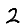
Digit: 2